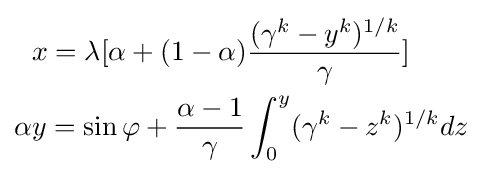
{\begin{aligned}&x=\lambda [\alpha +(1-\alpha ){\frac {(\gamma ^{k}-y^{k})^{1/k}}{\gamma }}]\\\alpha &y=\sin \varphi +{\frac {\alpha -1}{\gamma }}\int _{0}^{y}(\gamma ^{k}-z^{k})^{1/k}dz\end{aligned}}